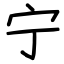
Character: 宁